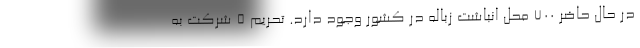
در حال حاضر ۷۰۰ محل انباشت زباله در کشور وجود دارد. تحریم 5 شرکت به